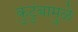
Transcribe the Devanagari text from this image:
कुटुंबामुळे